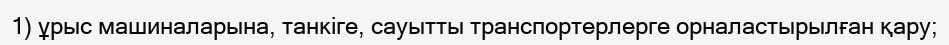
1) ұрыс машиналарына, танкіге, сауытты транспортерлерге орналастырылған қару;